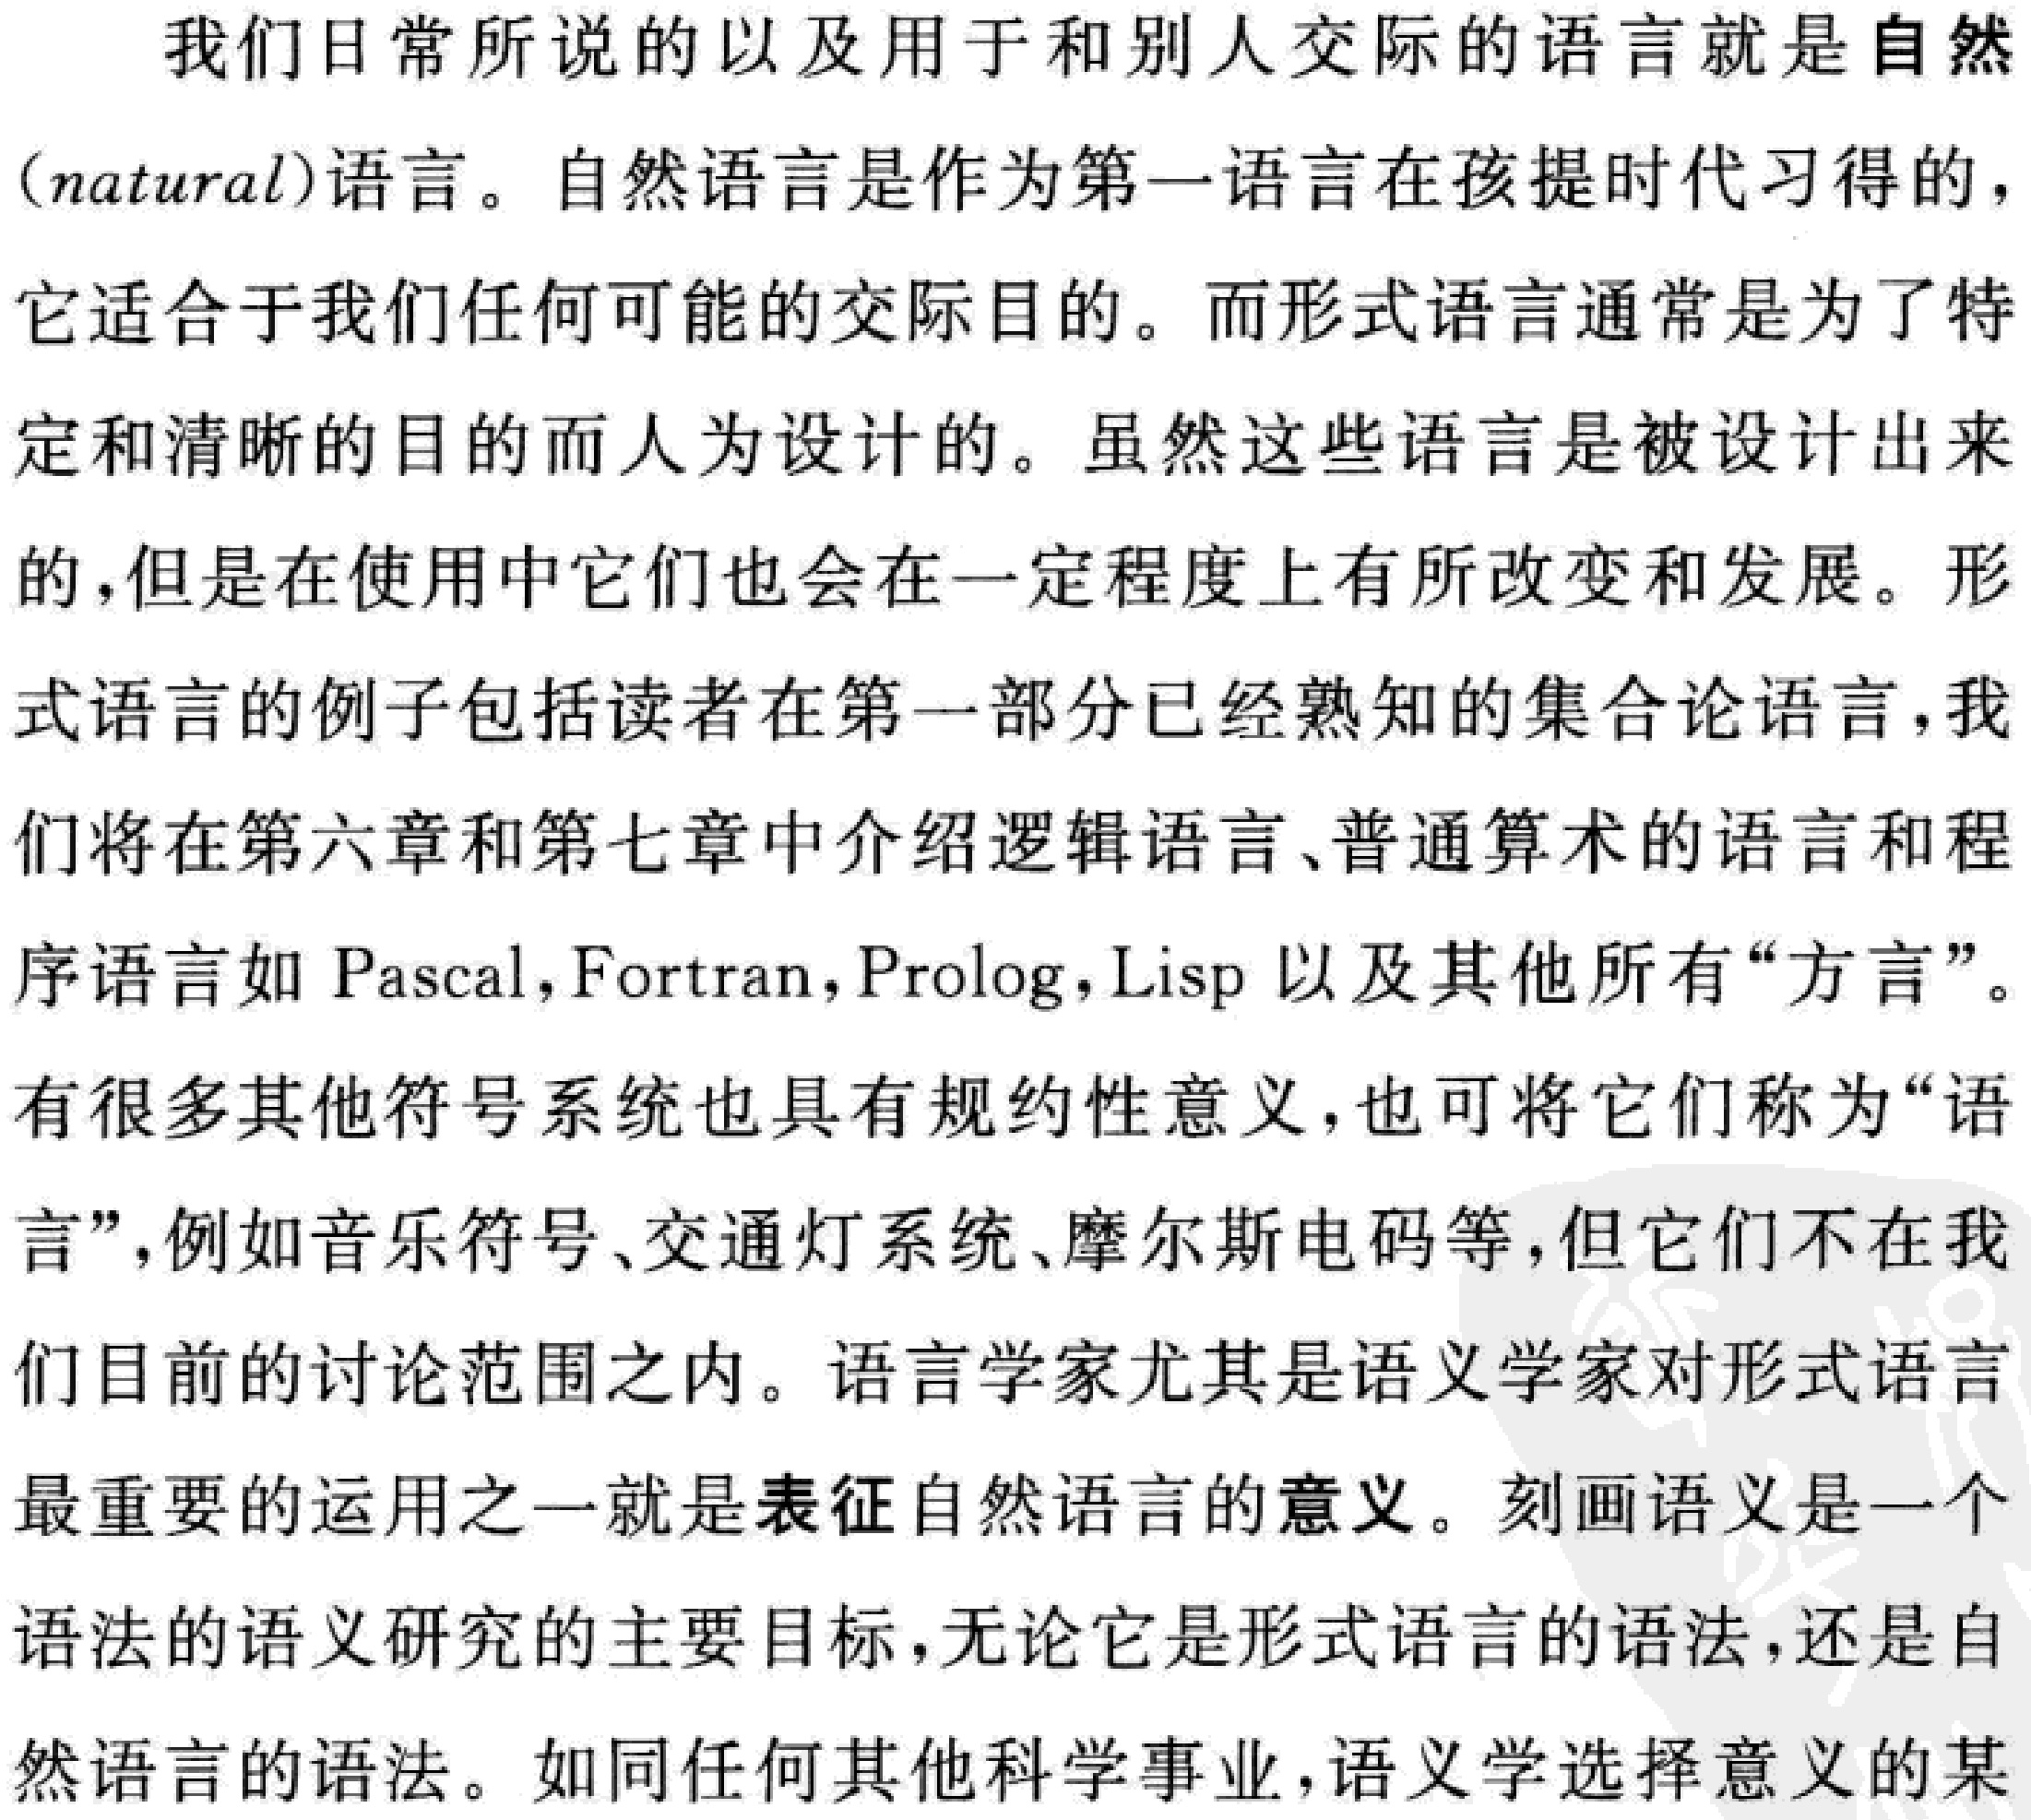
我们日常所说的以及用于和别人交际的语言就是自然
（natural）语言。自然语言是作为第一语言在孩提时代习得的，
它适合于我们任何可能的交际目的。而形式语言通常是为了特
定和清晰的目的而人为设计的。虽然这些语言是被设计出来
的，但是在使用中它们也会在一定程度上有所改变和发展。形
式语言的例子包括读者在第一部分已经熟知的集合论语言，我
们将在第六章和第七章中介绍逻辑语言、普通算术的语言和程
序语言如 Pascal，Fortran，Prolog，Lisp 以及其他所有“方言”。
有很多其他符号系统也具有规约性意义，也可将它们称为“语
言”，例如音乐符号、交通灯系统、摩尔斯电码等，但它们不在我
们目前的讨论范围之内。语言学家尤其是语义学家对形式语言
最重要的运用之一就是表征自然语言的意义。刻画语义是一个
语法的语义研究的主要目标，无论它是形式语言的语法，还是自
然语言的语法。如同任何其他科学事业，语义学选择意义的某